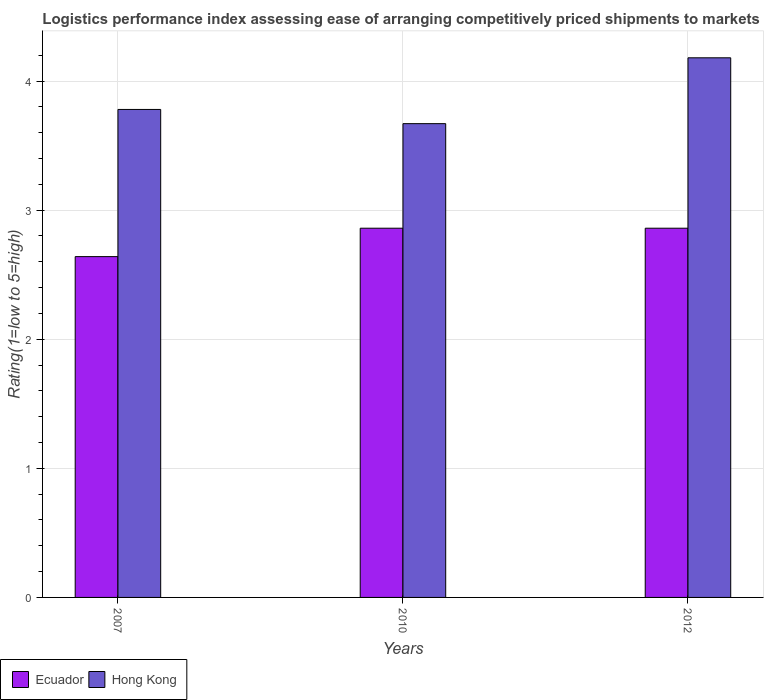
| Years | Ecuador | Hong Kong |
 | --- | --- | --- |
 | 2007 | 2.64 | 3.78 |
 | 2010 | 2.86 | 3.67 |
 | 2012 | 2.86 | 4.18 |